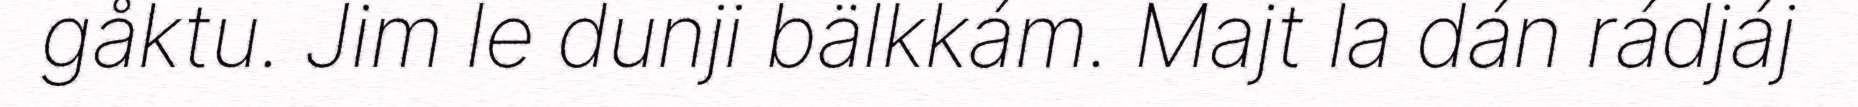
gåktu. Jim le dunji bälkkám. Majt la dán rádjáj